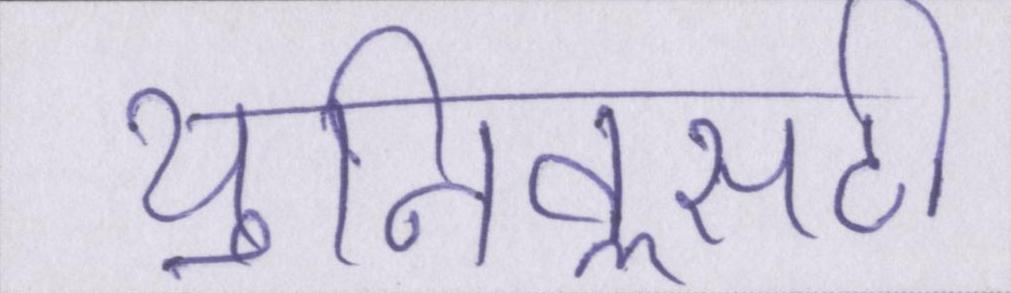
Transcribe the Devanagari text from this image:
यूनिवॢसटी